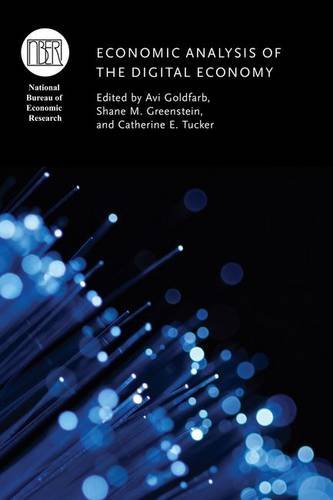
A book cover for Economic Analysis of the Digital Economy (National Bureau of Economic Research Conference Report); Computers & Technology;